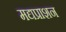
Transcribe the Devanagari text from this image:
मद्यप्राशन